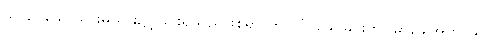
သာပေခေါ၊ သားမယား၌ငဲ့ခြင်းရှိသည်ဖြစ်၍။ ကာလံ၊ သေခြင်းကို။ မာခေါအကာသိ၊